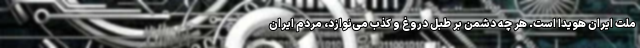
ملت ایران هویدا است. هر چه دشمن بر طبل دروغ و کذب می‌نوازد، مردم ایران